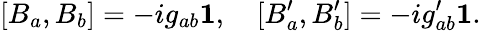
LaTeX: [B_{a},B_{b}]=-ig_{ab}{\mathbf 1},~~~~[B_{a}^{\prime},B_{b}^{\prime}]=-ig_{ab}^{\prime}{\mathbf 1}.